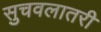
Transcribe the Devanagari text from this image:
सुचवलातरी